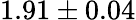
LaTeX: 1.91\pm 0.04